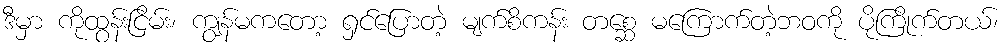
ဒီမှာ ကိုထွန်းငြိမ်း၊ ကျွန်မကတော့ ရှင်ပြောတဲ့ မျက်စိကန်း တစ္ဆေ မကြောက်တဲ့ဘဝကို ပိုကြိုက်တယ်၊